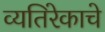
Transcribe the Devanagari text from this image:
व्यतिरेकाचे